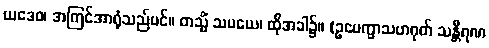
ယဒေဝ၊ အကြင်အာရုံသည်ပင်။ တသ္မိံ သမယေ၊ ထိုအခါ၌။ (ဥပေက္ခာသဟဂုတ် သန္တီရဏ